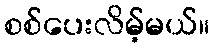
စစ်ပေးလိမ့်မယ်။